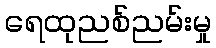
ရေထုညစ်ညမ်းမှု